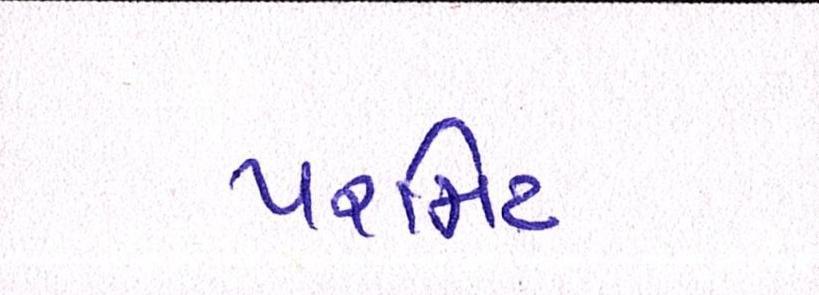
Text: પરમિટ